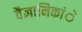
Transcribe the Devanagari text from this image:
वैज्ञानिकांे